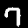
Label: 7